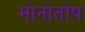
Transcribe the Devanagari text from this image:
मोनोतोष